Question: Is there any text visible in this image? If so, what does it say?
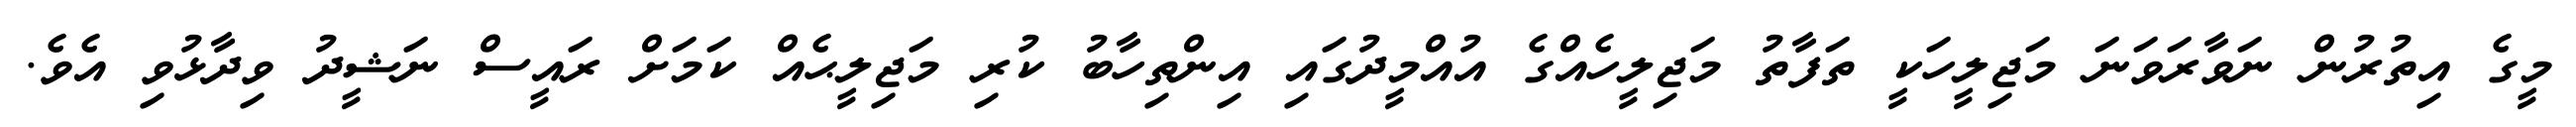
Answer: މީގެ އިތުރުން ނަވާރަވަނަ މަޖިލީހަކީ ތަފާތު މަޖިލީހެއްގެ އުއްމީދުގައި އިންތިހާބު ކުރި މަޖިލީޙެއް ކަމަށް ރައީސް ނަޝީދު ވިދާޅުވި އެވެ.